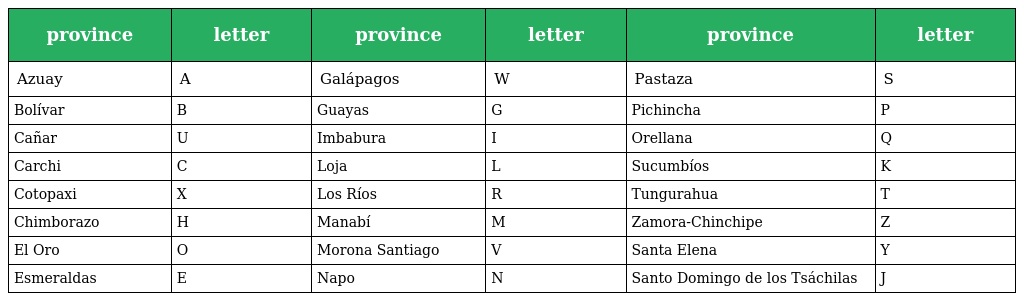
| province | letter | province | letter | province | letter |
 | --- | --- | --- | --- | --- | --- |
 | Azuay | A | Galápagos | W | Pastaza | S |
 | Bolívar | B | Guayas | G | Pichincha | P |
 | Cañar | U | Imbabura | I | Orellana | Q |
 | Carchi | C | Loja | L | Sucumbíos | K |
 | Cotopaxi | X | Los Ríos | R | Tungurahua | T |
 | Chimborazo | H | Manabí | M | Zamora-Chinchipe | Z |
 | El Oro | O | Morona Santiago | V | Santa Elena | Y |
 | Esmeraldas | E | Napo | N | Santo Domingo de los Tsáchilas | J |